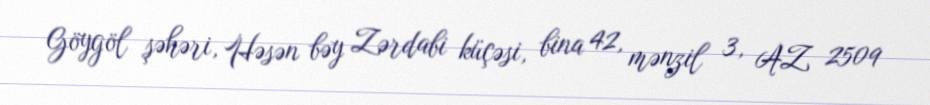
Göygöl şəhəri, Həsən bəy Zərdabi küçəsi, bina 42, mənzil 3, AZ 2509